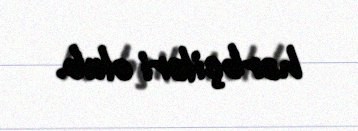
hərbçiləri olub.